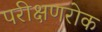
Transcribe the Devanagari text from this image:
परीक्षणरोक